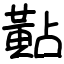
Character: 黇